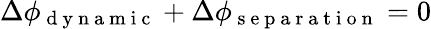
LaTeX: \Delta\phi_{\mathrm{~d~y~n~a~m~i~c~}}+\Delta\phi_{\mathrm{~s~e~p~a~r~a~t~i~o~n~}}=0